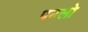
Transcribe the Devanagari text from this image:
पबलो